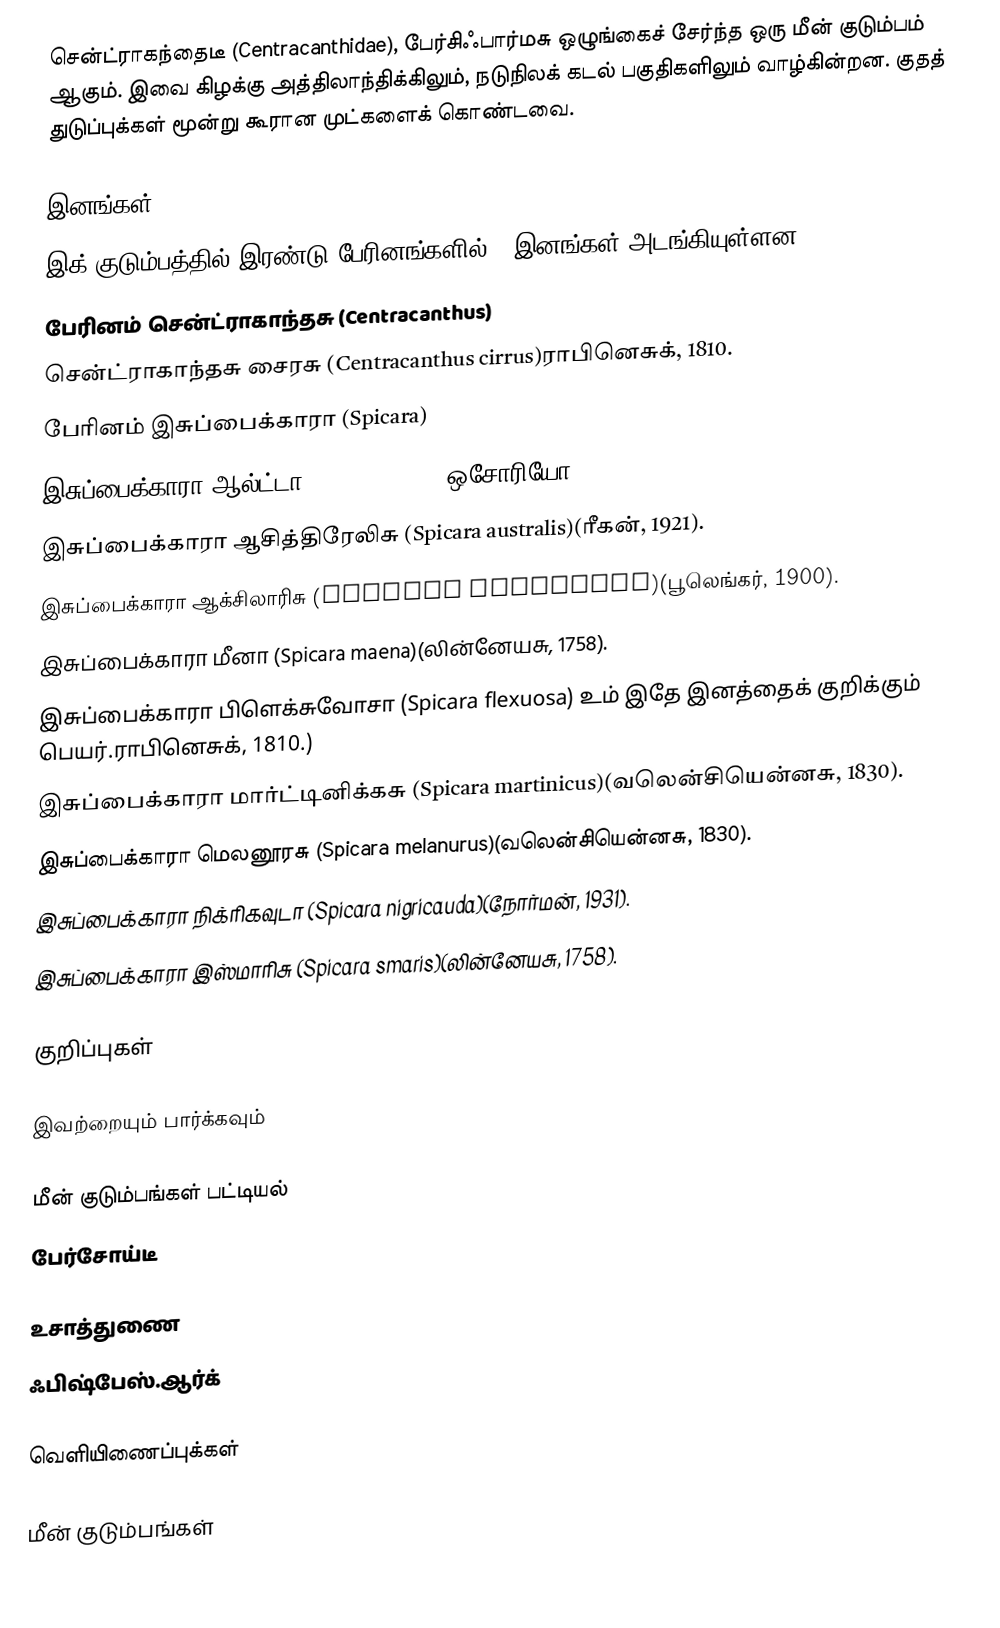
சென்ட்ராகந்தைடீ (Centracanthidae), பேர்சிஃபார்மசு ஒழுங்கைச் சேர்ந்த ஒரு மீன் குடும்பம் ஆகும். இவை கிழக்கு அத்திலாந்திக்கிலும், நடுநிலக் கடல் பகுதிகளிலும் வாழ்கின்றன. குதத் துடுப்புக்கள் மூன்று கூரான முட்களைக் கொண்டவை.

இனங்கள்
இக் குடும்பத்தில் இரண்டு பேரினங்களில் 9 இனங்கள் அடங்கியுள்ளன:
 பேரினம் சென்ட்ராகாந்தசு (Centracanthus)
 சென்ட்ராகாந்தசு சைரசு (Centracanthus cirrus)ராபினெசுக், 1810.
 பேரினம் இசுப்பைக்காரா (Spicara)
 இசுப்பைக்காரா ஆல்ட்டா (Spicara alta)(ஒசோரியோ, 1917).
 இசுப்பைக்காரா ஆசித்திரேலிசு (Spicara australis)(ரீகன், 1921).
 இசுப்பைக்காரா ஆக்சிலாரிசு (Spicara axillaris)(பூலெங்கர், 1900).
 இசுப்பைக்காரா மீனா (Spicara maena)(லின்னேயசு, 1758).
 இசுப்பைக்காரா பிளெக்சுவோசா (Spicara flexuosa) உம் இதே இனத்தைக் குறிக்கும் பெயர்.ராபினெசுக், 1810.)
 இசுப்பைக்காரா மார்ட்டினிக்கசு (Spicara martinicus)(வலென்சியென்னசு, 1830).
 இசுப்பைக்காரா மெலனூரசு (Spicara melanurus)(வலென்சியென்னசு, 1830).
 இசுப்பைக்காரா நிக்ரிகவுடா (Spicara nigricauda)(நோர்மன், 1931).
 இசுப்பைக்காரா இஸ்மாரிசு (Spicara smaris)(லின்னேயசு, 1758).

குறிப்புகள்

இவற்றையும் பார்க்கவும்

 மீன் குடும்பங்கள் பட்டியல்
 பேர்சோய்டீ

உசாத்துணை
 ஃபிஷ்பேஸ்.ஆர்க்

வெளியிணைப்புக்கள்

மீன் குடும்பங்கள்